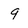
Character: 9